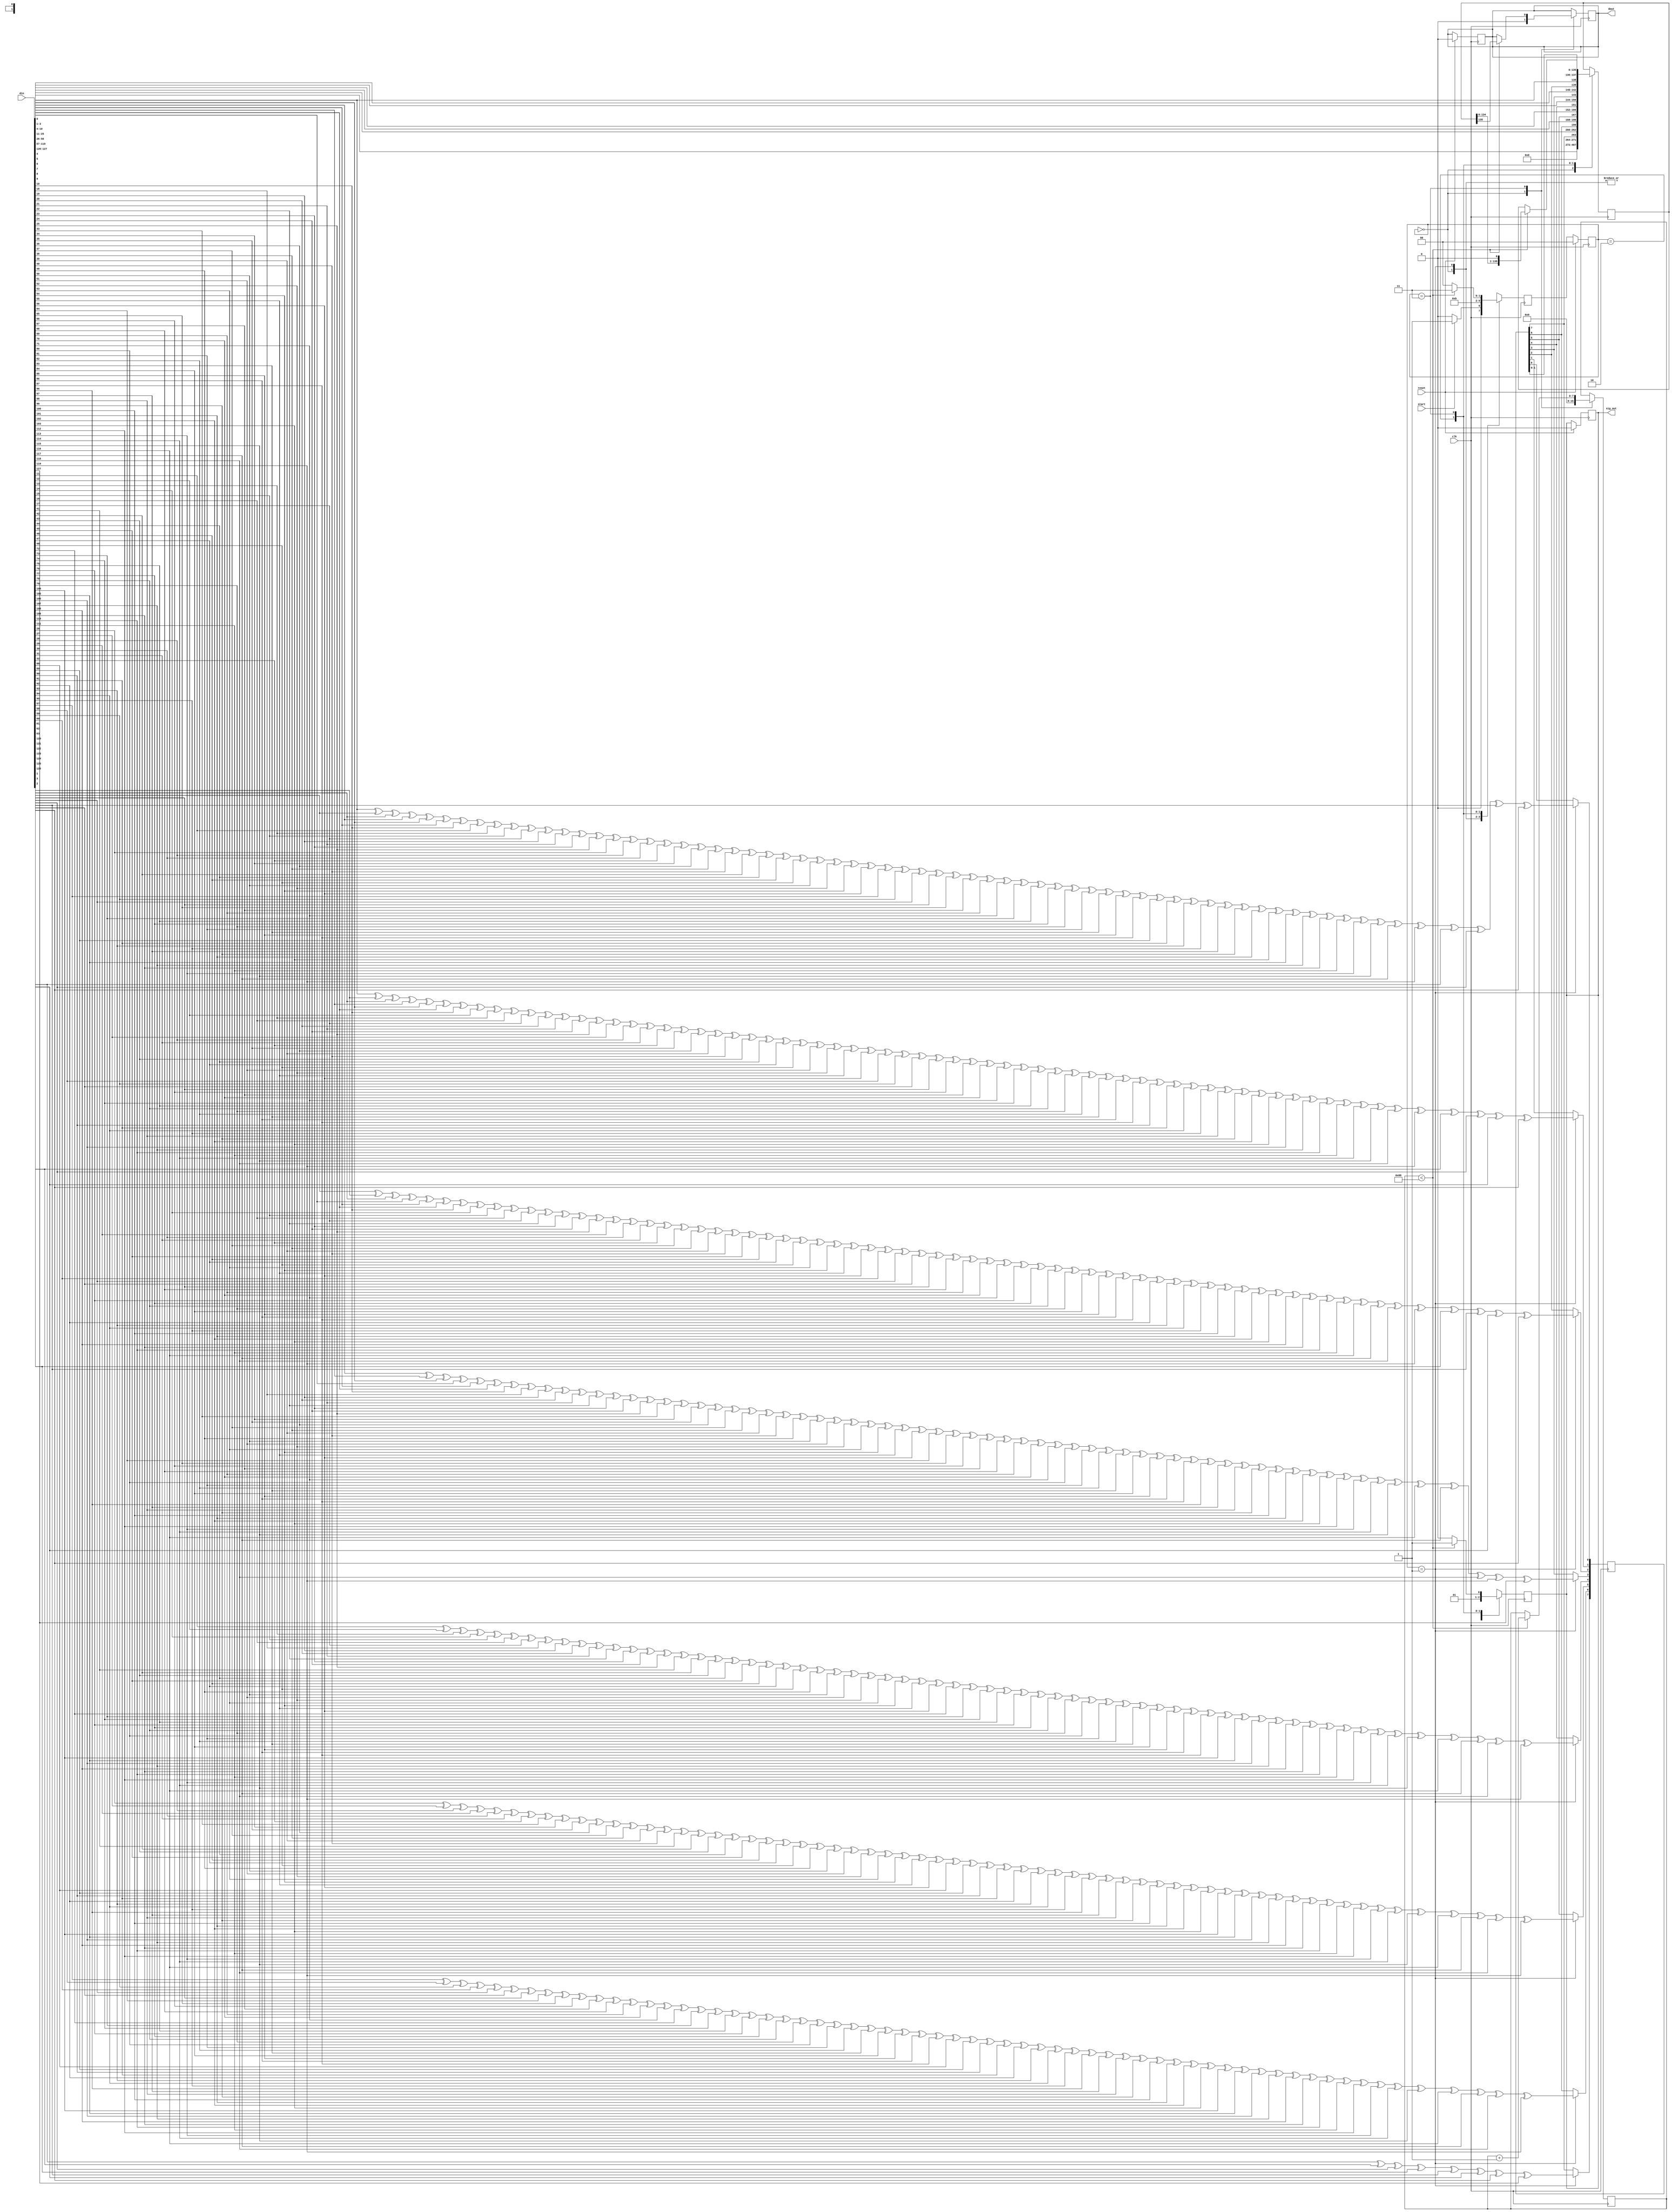
`timescale 1ns / 1ps
//////////////////////////////////////////////////////////////////////////////////
// Company: 
// Engineer: 
// 
// Design Name: 
// Module Name: encoder
// Project Name: 
// Target Devices: 
// Tool Versions: 
// Description: 
// 
// Dependencies: 
// 
// Revision:
// Revision 0.01 - File Created
// Additional Comments:
// 
//////////////////////////////////////////////////////////////////////////////////


module encoder(
input clk,
input reset,
input start,
input [128:1]din,
output reg sig_out,
output reg dout
    );
    
    
    parameter N = 128; 
    
    localparam idle = 2'b00,
               check_bits = 2'b01,
               add_check_bits = 2'b10,
               serial_out = 2'b11;
               
    reg [136:1]shift;
    
    reg [1:0] state,next_state;
    reg [7:0] en_counter;
    reg [8:1] parity;
    
    
    
always@(posedge clk)
begin
    if(reset) 
        begin
            sig_out <= 1'b0;
            dout    <= 0;
            state   <= idle;
        end
    else state <= next_state; 
end
    
    always@(negedge clk)
    begin
        case(state)
        idle:begin
          sig_out <= 1'b0;
          dout <= 0;
          shift <= 0;
          en_counter <= 8'h00;
          if(start) next_state <= check_bits;
          else next_state <= idle;
        end
        
        check_bits: begin
            sig_out <= 1'b0;
       
            parity[1] <=            din[1]   ^ din[2]  ^din[4]   ^din[5]   ^din[7]   ^din[9]   ^din[11]
                         ^din[12]  ^din[14]  ^din[16]  ^din[18]  ^din[20]  ^din[22]  ^din[24]  ^din[26]
                         ^din[27]  ^din[29]  ^din[31]  ^din[33]  ^din[35]  ^din[37]  ^din[39]  ^din[41]
                         ^din[43]  ^din[45]  ^din[47]  ^din[49]  ^din[51]  ^din[53]  ^din[55]  ^din[57]
                         ^din[58]  ^din[60]  ^din[62]  ^din[64]  ^din[66]  ^din[68]  ^din[70]  ^din[72]
                         ^din[74]  ^din[76]  ^din[78]  ^din[80]  ^din[82]  ^din[84]  ^din[86]  ^din[88]
                         ^din[90]  ^din[92]  ^din[94]  ^din[96]  ^din[98]  ^din[100] ^din[102] ^din[104]
                         ^din[106] ^din[108] ^din[110] ^din[112] ^din[114] ^din[116] ^din[118] ^din[120]
                         ^din[121] ^din[123] ^din[125] ^din[127];
                         
            parity[2] <=            din[1]   ^ din[3]  ^din[4]   ^din[6]   ^din[7]   ^din[10]  ^din[11]
                         ^din[13]  ^din[14]  ^din[17]  ^din[18]  ^din[21]  ^din[22]  ^din[25]  ^din[26]
                         ^din[28]  ^din[29]  ^din[32]  ^din[33]  ^din[36]  ^din[37]  ^din[40]  ^din[41]
                         ^din[44]  ^din[45]  ^din[48]  ^din[49]  ^din[52]  ^din[53]  ^din[56]  ^din[57]
                         ^din[59]  ^din[60]  ^din[63]  ^din[64]  ^din[67]  ^din[68]  ^din[71]  ^din[72]
                         ^din[75]  ^din[76]  ^din[79]  ^din[80]  ^din[83]  ^din[84]  ^din[87]  ^din[88]
                         ^din[91]  ^din[92]  ^din[95]  ^din[96]  ^din[99]  ^din[100] ^din[103] ^din[104]
                         ^din[107] ^din[108] ^din[111] ^din[112] ^din[115] ^din[116] ^din[119] ^din[120]
                         ^din[122] ^din[123] ^din[126] ^din[127];
                         
            parity[3] <=            din[2]   ^ din[3]  ^din[4]   ^din[8]   ^din[9]   ^din[10]  ^din[11]
                         ^din[15]  ^din[16]  ^din[17]  ^din[18]  ^din[23]  ^din[24]  ^din[25]  ^din[26]
                         ^din[30]  ^din[31]  ^din[32]  ^din[33]  ^din[38]  ^din[39]  ^din[40]  ^din[41]
                         ^din[46]  ^din[47]  ^din[48]  ^din[49]  ^din[54]  ^din[55]  ^din[56]  ^din[57]
                         ^din[61]  ^din[62]  ^din[63]  ^din[64]  ^din[69]  ^din[70]  ^din[71]  ^din[72]
                         ^din[77]  ^din[78]  ^din[79]  ^din[80]  ^din[85]  ^din[86]  ^din[87]  ^din[88]
                         ^din[93]  ^din[94]  ^din[95]  ^din[96]  ^din[101] ^din[102] ^din[103] ^din[104]
                         ^din[109] ^din[110] ^din[111] ^din[112] ^din[117] ^din[118] ^din[119] ^din[120]
                         ^din[124] ^din[125] ^din[126] ^din[127];
                         
            parity[4] <=            din[5]   ^ din[6]  ^din[7]   ^din[8]   ^din[9]   ^din[10]  ^din[11]
                         ^din[19]  ^din[20]  ^din[21]  ^din[22]  ^din[23]  ^din[24]  ^din[25]  ^din[26]
                         ^din[34]  ^din[35]  ^din[36]  ^din[37]  ^din[38]  ^din[39]  ^din[40]  ^din[41]
                         ^din[50]  ^din[51]  ^din[52]  ^din[53]  ^din[54]  ^din[55]  ^din[56]  ^din[57]
                         ^din[65]  ^din[66]  ^din[67]  ^din[68]  ^din[69]  ^din[70]  ^din[71]  ^din[72]
                         ^din[81]  ^din[82]  ^din[83]  ^din[84]  ^din[85]  ^din[86]  ^din[87]  ^din[88]
                         ^din[97]  ^din[98]  ^din[99]  ^din[100] ^din[101] ^din[102] ^din[103] ^din[104]
                         ^din[113] ^din[114] ^din[115] ^din[116] ^din[117] ^din[118] ^din[119] ^din[120]
                         ^din[128];    
            parity[5] <=            din[12]  ^ din[13] ^din[14]  ^din[15]  ^din[16]  ^din[17]  ^din[18]
                         ^din[19]  ^din[20]  ^din[21]  ^din[22]  ^din[23]  ^din[24]  ^din[25]  ^din[26]
                         ^din[42]  ^din[43]  ^din[44]  ^din[45]  ^din[46]  ^din[47]  ^din[48]  ^din[49]
                         ^din[50]  ^din[51]  ^din[52]  ^din[53]  ^din[54]  ^din[55]  ^din[56]  ^din[57]
                         ^din[73]  ^din[74]  ^din[75]  ^din[76]  ^din[77]  ^din[78]  ^din[79]  ^din[80]
                         ^din[81]  ^din[82]  ^din[83]  ^din[84]  ^din[85]  ^din[86]  ^din[87]  ^din[88]
                         ^din[105] ^din[106] ^din[107] ^din[108] ^din[109] ^din[110] ^din[111] ^din[112]
                         ^din[113] ^din[114] ^din[115] ^din[116] ^din[117] ^din[118] ^din[119] ^din[120];
                         
            parity[6] <=            din[27]  ^ din[28] ^din[29]  ^din[30]  ^din[31]  ^din[32]  ^din[33]
                         ^din[34]  ^din[35]  ^din[36]  ^din[37]  ^din[38]  ^din[39]  ^din[40]  ^din[41]
                         ^din[42]  ^din[43]  ^din[44]  ^din[45]  ^din[46]  ^din[47]  ^din[48]  ^din[49]
                         ^din[50]  ^din[51]  ^din[52]  ^din[53]  ^din[54]  ^din[55]  ^din[56]  ^din[57]
                         ^din[89]  ^din[90]  ^din[91]  ^din[92]  ^din[93]  ^din[94]  ^din[95]  ^din[96]
                         ^din[97]  ^din[98]  ^din[99]  ^din[100] ^din[101] ^din[102] ^din[103] ^din[104]
                         ^din[105] ^din[106] ^din[107] ^din[108] ^din[109] ^din[110] ^din[111] ^din[112]
                         ^din[113] ^din[114] ^din[115] ^din[116] ^din[117] ^din[118] ^din[119] ^din[120];   
          
            parity[7] <=            din[58]  ^ din[59] ^din[60]  ^din[61]  ^din[62]  ^din[63]  ^din[64]
                         ^din[65]  ^din[66]  ^din[67]  ^din[68]  ^din[69]  ^din[70]  ^din[71]  ^din[72]
                         ^din[73]  ^din[74]  ^din[75]  ^din[76]  ^din[77]  ^din[78]  ^din[79]  ^din[80]
                         ^din[81]  ^din[82]  ^din[83]  ^din[84]  ^din[85]  ^din[86]  ^din[87]  ^din[88]
                         ^din[89]  ^din[90]  ^din[91]  ^din[92]  ^din[93]  ^din[94]  ^din[95]  ^din[96]
                         ^din[97]  ^din[98]  ^din[99]  ^din[100] ^din[101] ^din[102] ^din[103] ^din[104]
                         ^din[105] ^din[106] ^din[107] ^din[108] ^din[109] ^din[110] ^din[111] ^din[112]
                         ^din[113] ^din[114] ^din[115] ^din[116] ^din[117] ^din[118] ^din[119] ^din[120];  
            
            parity[8] <=   ^din[121] ^din[122] ^din[123] ^din[124] ^din[125] ^din[126] ^din[127] ^din[128];                                                                                                                                         
            next_state <= add_check_bits;
        end
        
        add_check_bits : begin
            sig_out <= 1'b1;
            shift    <= {din[128:121],  parity[8], din[120:58],  parity[7], din[57:27],
                        parity[6], din[26:12],   parity[5],  din[11:5],  parity[4],
                         din[4:2],  parity[3],    din[1]  ,  parity[2], parity[1]};
            next_state <= serial_out;
        end 
        
        serial_out :begin
            sig_out <= 1'b1;
            if(en_counter < (N + 4'b1000))
            begin
                dout <= shift[136];
                shift <= {shift[135:1],1'b0};
                en_counter <= en_counter + 1'b1; 
                next_state <= serial_out;
                
            end
            else 
                begin
                    sig_out <= 1'b0;           
                    next_state <= idle;
                end
        end   
        
        default : begin
            sig_out <= 1'b0;
            dout <= 1'b0;
            next_state <= idle;
        end 
        endcase 
    end
endmodule